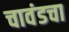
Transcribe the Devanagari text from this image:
चावंडचा